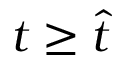
t \geq \widehat t